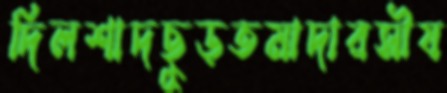
দিলশাদছুড়তমাদারসীয